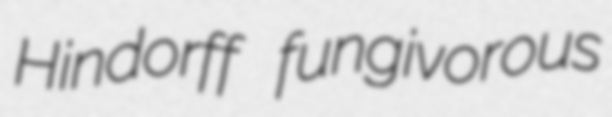
Hindorff fungivorous